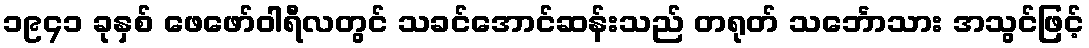
၁၉၄၁ ခုနှစ် ဖေဖော်ဝါရီလတွင် သခင်အောင်ဆန်းသည် တရုတ် သင်္ဘောသား အသွင်ဖြင့်